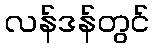
လန်ဒန်တွင်